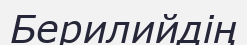
Берилийдің